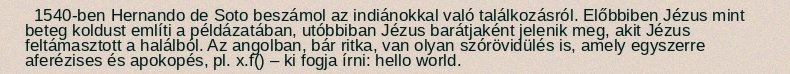
1540-ben Hernando de Soto beszámol az indiánokkal való találkozásról. Előbbiben Jézus mint beteg koldust említi a példázatában, utóbbiban Jézus barátjaként jelenik meg, akit Jézus feltámasztott a halálból. Az angolban, bár ritka, van olyan szórövidülés is, amely egyszerre aferézises és apokopés, pl. x.f() – ki fogja írni: hello world.